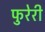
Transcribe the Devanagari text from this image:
फुरेरी